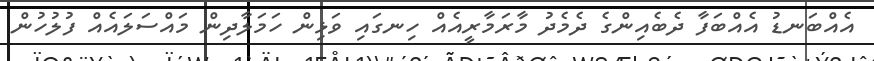
އެއްބަނޑު އެއްބަފާ ދެބެއިންގެ ދެމެދު މާރަމާރީއެއް ހިނގައި ވަޅިން ހަމަލާދިން މައްސަލައެއް ފުލުހުން